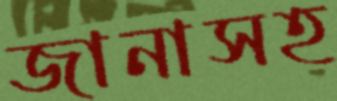
জানাসহ